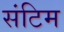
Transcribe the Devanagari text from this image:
संटिम